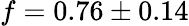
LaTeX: f=0.76\pm 0.14